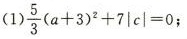
(1) $$\frac { 5 } { 3 } ( a + 3 ) ^ { 2 } + 7 | c | = 0$$ ；